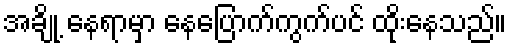
အချို့ နေရာမှာ နေပြောက်ကွက်ပင် ထိုးနေသည်။